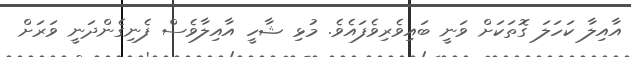
އާއިލާ ކަހަލަ ގޮތަަކަށް ވަނީ ބައިވެރިވެފައެވެ. މުޅި ޝާހީ އާއިލާވެސް ފެނިގެންދަނީ ވަރަށް